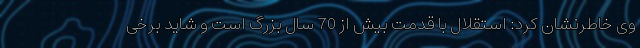
وی خاطرنشان کرد: استقلال با قدمت بیش از 70 سال بزرگ است و شاید برخی